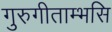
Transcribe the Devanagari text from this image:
गुरुगीताम्भसि